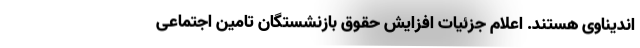
اندیناوی هستند. اعلام جزئیات افزایش حقوق بازنشستگان تامین اجتماعی